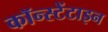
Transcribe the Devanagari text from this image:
कॉन्स्टेंटाइन